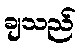
ချသည်